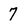
Character: 7